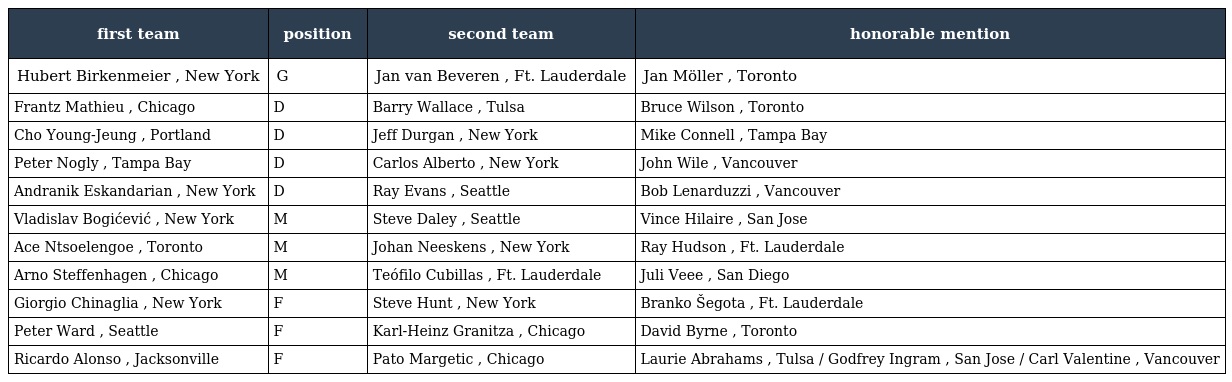
| first team | position | second team | honorable mention |
 | --- | --- | --- | --- |
 | Hubert Birkenmeier , New York | G | Jan van Beveren , Ft. Lauderdale | Jan Möller , Toronto |
 | Frantz Mathieu , Chicago | D | Barry Wallace , Tulsa | Bruce Wilson , Toronto |
 | Cho Young-Jeung , Portland | D | Jeff Durgan , New York | Mike Connell , Tampa Bay |
 | Peter Nogly , Tampa Bay | D | Carlos Alberto , New York | John Wile , Vancouver |
 | Andranik Eskandarian , New York | D | Ray Evans , Seattle | Bob Lenarduzzi , Vancouver |
 | Vladislav Bogićević , New York | M | Steve Daley , Seattle | Vince Hilaire , San Jose |
 | Ace Ntsoelengoe , Toronto | M | Johan Neeskens , New York | Ray Hudson , Ft. Lauderdale |
 | Arno Steffenhagen , Chicago | M | Teófilo Cubillas , Ft. Lauderdale | Juli Veee , San Diego |
 | Giorgio Chinaglia , New York | F | Steve Hunt , New York | Branko Šegota , Ft. Lauderdale |
 | Peter Ward , Seattle | F | Karl-Heinz Granitza , Chicago | David Byrne , Toronto |
 | Ricardo Alonso , Jacksonville | F | Pato Margetic , Chicago | Laurie Abrahams , Tulsa / Godfrey Ingram , San Jose / Carl Valentine , Vancouver |